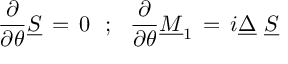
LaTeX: { \frac { \partial } { \partial \theta } } \underline { { S } } \, = \, 0 \, \, \, \, ; \, \, \, \, { \frac { \partial } { \partial \theta } } \underline { { M } } _ { 1 } \, = \, i \underline { { \Delta } } \, \, \underline { { S } }